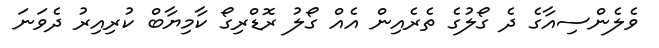
ވެލެންސިއާގެ ދެ ގޯލުގެ ތެރެއިން އެއް ގޯލު ރޮޑްރިގޯ ކާމިޔާބް ކުރިއިރު ދެވަނަ